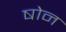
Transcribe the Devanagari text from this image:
षोन